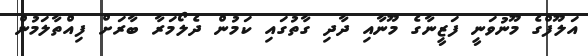
އަލޫފްގެ މޫނުވަނީ ފަޒީނާގެ މޫނާއި ދާދި ގާތުގައި ކަމުން ދެލޯމަރާ ބާރަށް ފިއްތާލަމުން